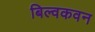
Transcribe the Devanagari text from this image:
बिल्वकवन